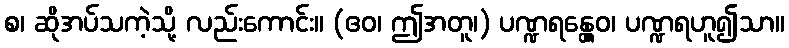
စ၊ ဆိုအပ်သကဲ့သို့ လည်းကောင်း။ (ဧဝ၊ ဤအတူ၊) ပဏ္ဍရန္တွေဝ၊ ပဏ္ဍရဟူ၍သာ။